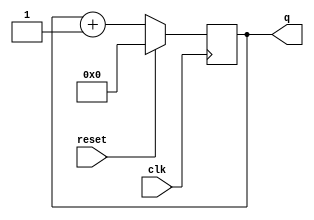
module top_module (
    input clk,
    input reset,      // Synchronous active-high reset
    output [3:0] q);

    always@(posedge clk)begin
        q <= (reset)? 4'd0: q +1;
    end
    
endmodule